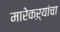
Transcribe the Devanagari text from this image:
मारेकऱ्यांचा